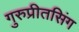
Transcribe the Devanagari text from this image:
गुरुप्रीतसिंग